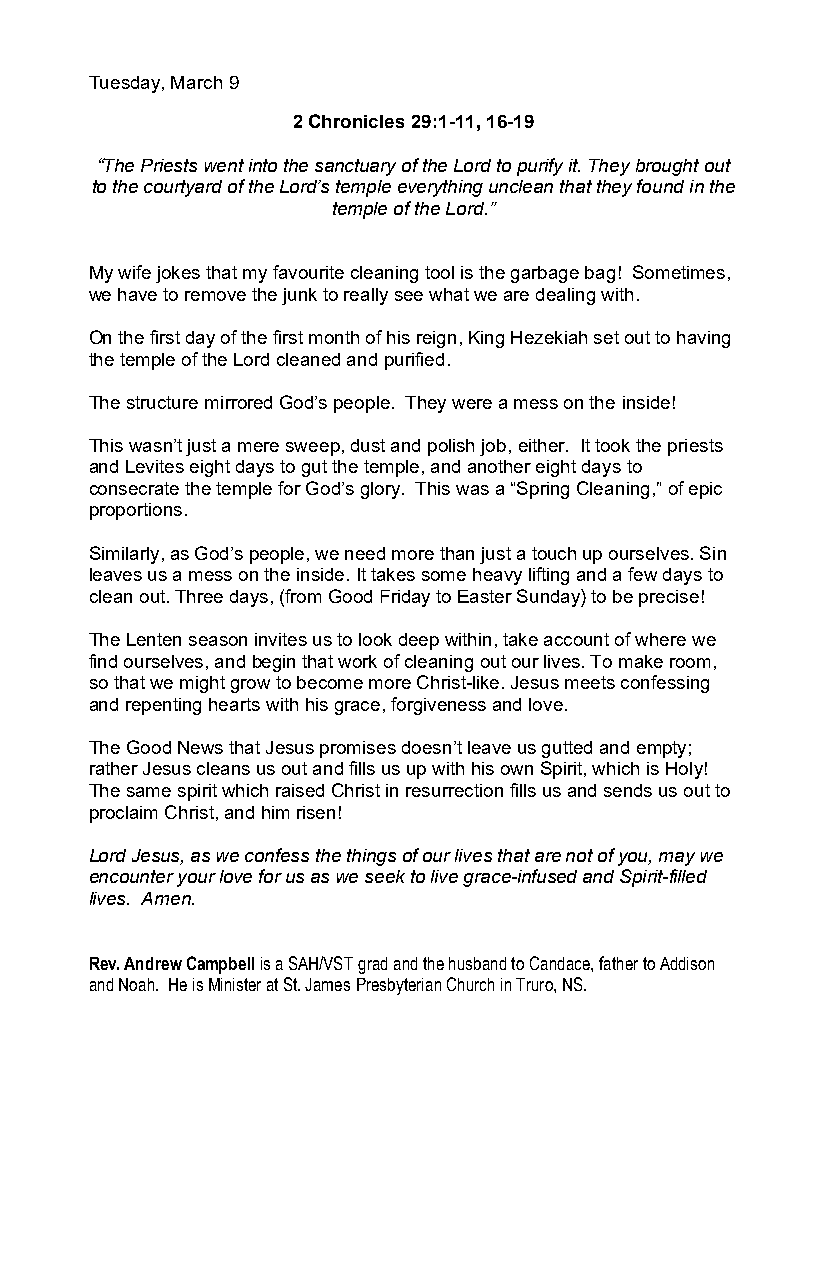
Tuesday, March 9
 2 Chronicles 29:1-11, 16-19
 “The Priests went into the sanctuary of the Lord to purify it. They brought out
 to the courtyard of the Lord’s temple everything unclean that they found in the
 temple of the Lord.”
 My wife jokes that my favourite cleaning tool is the garbage bag! Sometimes,
 we have to remove the junk to really see what we are dealing with.
 On the first day of the first month of his reign, King Hezekiah set out to having
 the temple of the Lord cleaned and purified.
 The structure mirrored God’s people. They were a mess on the inside!
 This wasn’t just a mere sweep, dust and polish job, either. It took the priests
 and Levites eight days to gut the temple, and another eight days to
 consecrate the temple for God’s glory. This was a “Spring Cleaning,” of epic
 proportions.
 Similarly, as God’s people, we need more than just a touch up ourselves. Sin
 leaves us a mess on the inside. It takes some heavy lifting and a few days to
 clean out. Three days, (from Good Friday to Easter Sunday) to be precise!
 The Lenten season invites us to look deep within, take account of where we
 find ourselves, and begin that work of cleaning out our lives. To make room,
 so that we might grow to become more Christ-like. Jesus meets confessing
 and repenting hearts with his grace, forgiveness and love.
 The Good News that Jesus promises doesn’t leave us gutted and empty;
 rather Jesus cleans us out and fills us up with his own Spirit, which is Holy!
 The same spirit which raised Christ in resurrection fills us and sends us out to
 proclaim Christ, and him risen!
 Lord Jesus, as we confess the things of our lives that are not of you, may we
 encounter your love for us as we seek to live grace-infused and Spirit-filled
 lives. Amen.
 Rev. Andrew Campbell is a SAH/VST grad and the husband to Candace, father to Addison
 and Noah. He is Minister at St. James Presbyterian Church in Truro, NS.